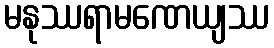
မနုဿရာမဏေယျဿ